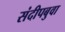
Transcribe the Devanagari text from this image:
संदीपबुवा